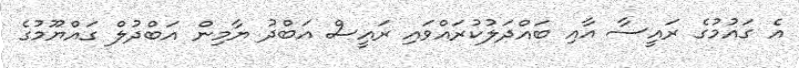
އެ ގައުމުގެ ރައީސާ އާއި ބައްދަލުކުރައްވައި ރައީސް އަބްދު ޔާމިން އަބްދުލް ގައްޔޫމުގެ